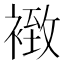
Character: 𧛢